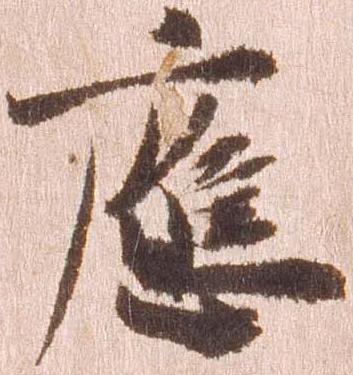
応